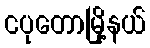
ငပုတောမြို့နယ်